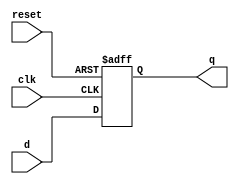
module d_flip_flop (
  input clk, 
  input reset,
  input [DATA_WIDTH-1:0] d, 
  output reg [DATA_WIDTH-1:0] q);
  
  parameter DATA_WIDTH = 1;
  

  always @(posedge clk or posedge reset)
  begin
    if (reset) begin
      q = 0;
    end else begin
      q = d;
    end
  end
endmodule